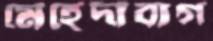
মেহেদীবাগ